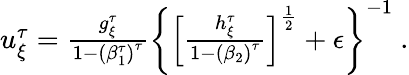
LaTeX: \begin{array}{r}{u_{\xi}^{\tau}=\frac{g_{\xi}^{\tau}}{1-\left(\beta_{1}^{\tau}\right)^{\tau}}\left\{ \left[\frac{h_{\xi}^{\tau}}{1-\left(\beta_{2}\right)^{\tau}}\right]^{\frac{1}{2}}+\epsilon\right\} ^{-1}\ .}\end{array}